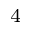
^ 4